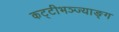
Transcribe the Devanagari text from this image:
कट्टीभञ्ज्याङ्ग